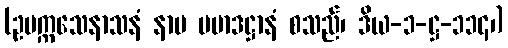
(ဥမက္ကသေနာသနံ နာမ ပမာဒဋ္ဌာနံ စသည်၊ ဒိယ-၁-ဋ္ဌ-၁၁၄၊)